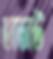
তাজউ